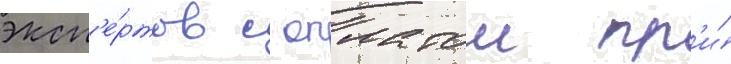
эксп'е́ртов с оплатои пр'и́